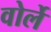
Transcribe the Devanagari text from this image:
वोर्ले